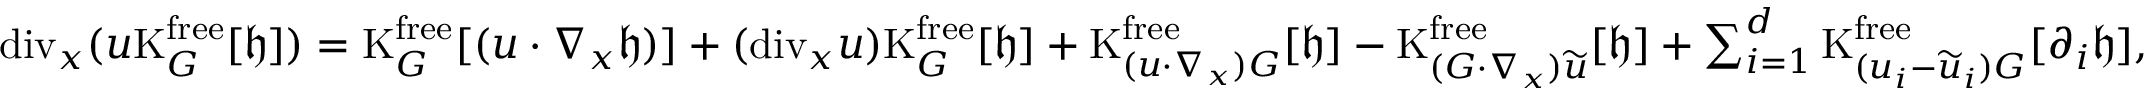
\begin{array} { r } { \mathrm { d i v } _ { x } ( u \mathrm { K } _ { G } ^ { \mathrm { f r e e } } [ \mathfrak { h } ] ) = \mathrm { K } _ { G } ^ { \mathrm { f r e e } } [ ( u \cdot \nabla _ { x } \mathfrak { h } ) ] + ( \mathrm { d i v } _ { x } u ) \mathrm { K } _ { G } ^ { \mathrm { f r e e } } [ \mathfrak { h } ] + \mathrm { K } _ { ( u \cdot \nabla _ { x } ) G } ^ { \mathrm { f r e e } } [ \mathfrak { h } ] - \mathrm { K } _ { ( G \cdot \nabla _ { x } ) \widetilde { u } } ^ { \mathrm { f r e e } } [ \mathfrak { h } ] + \sum _ { i = 1 } ^ { d } \mathrm { K } _ { ( u _ { i } - \widetilde { u } _ { i } ) G } ^ { \mathrm { f r e e } } [ \partial _ { i } \mathfrak { h } ] , } \end{array}